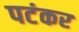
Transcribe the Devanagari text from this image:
पटंकर